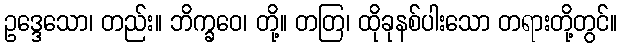
ဥဒ္ဒေသော၊ တည်း။ ဘိက္ခဝေ၊ တို့။ တတြ၊ ထိုခုနစ်ပါးသော တရားတို့တွင်။